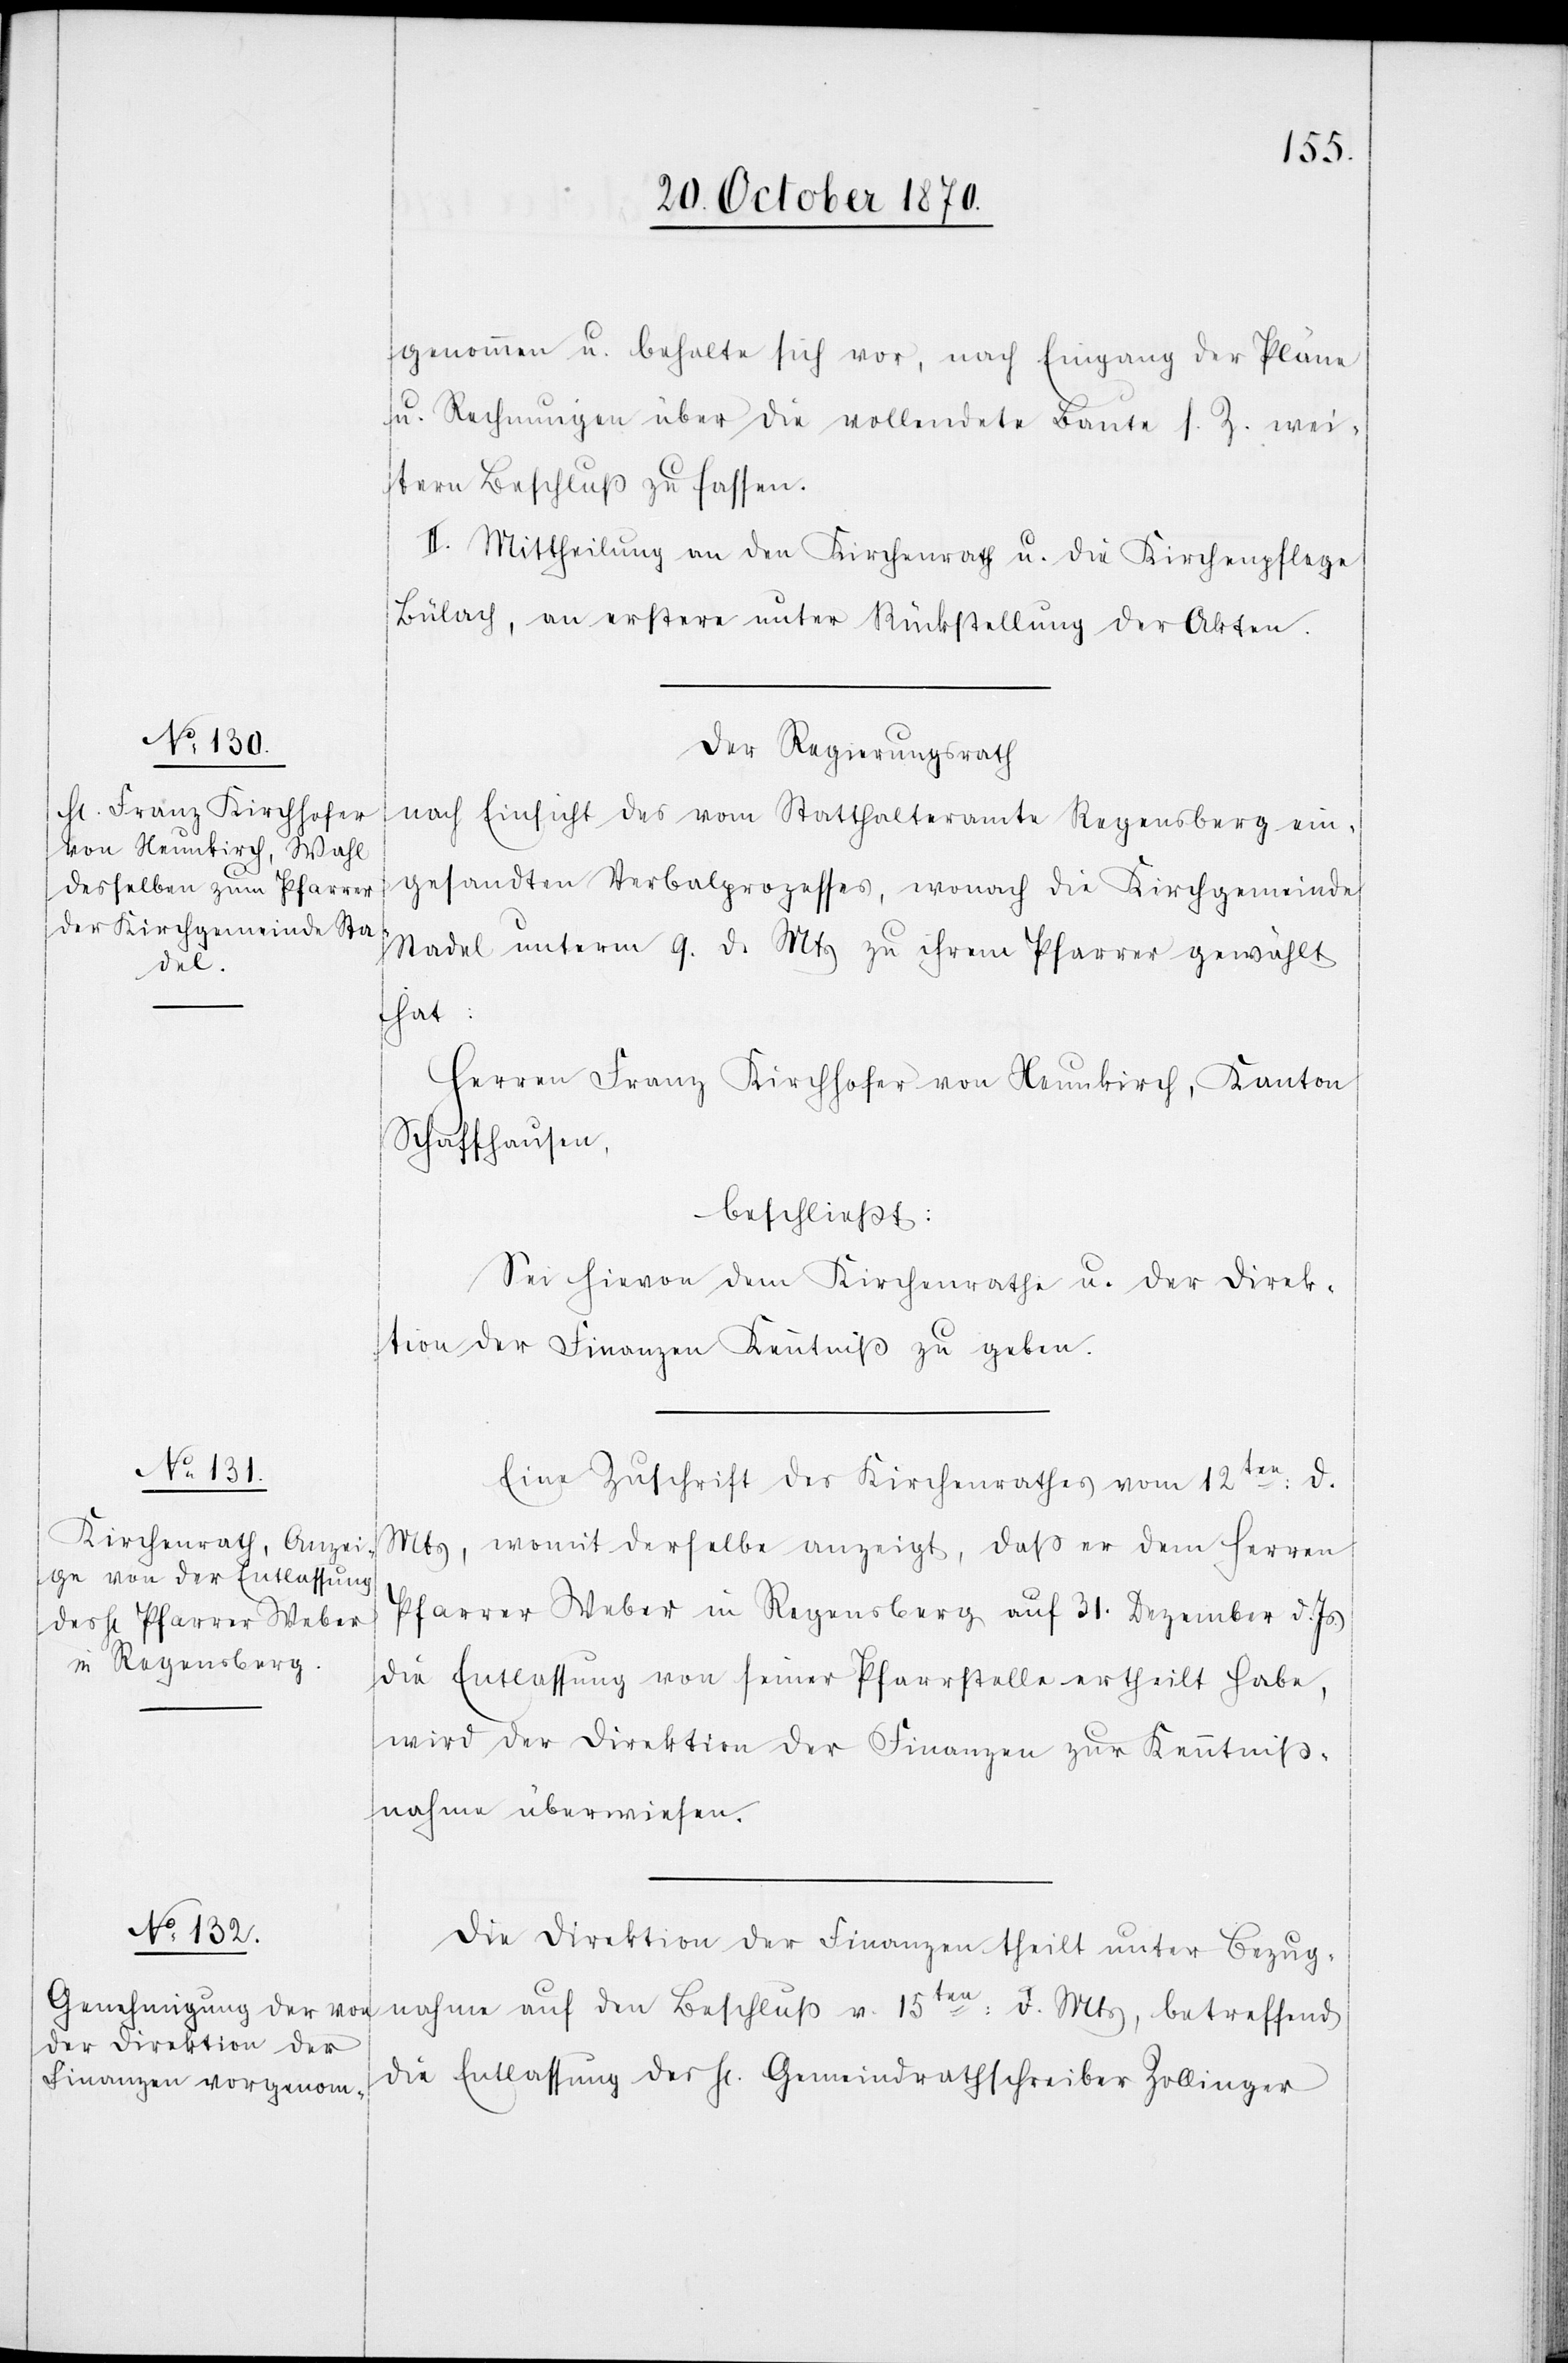
genommen u. behalte sich vor, nach Eingang der Pläne
u. Rechnungen über die vollendete Baute s. Z. wei¬
tern Beschluß zu fassen.
II. Mittheilung an den Kirchenrath u. die Kirchenpflege
Bülach, an erstere unter Rückstellung der Akten.
Der Regierungsrath
nach Einsicht des vom Statthalteramte Regensberg ein¬
gesandten Verbalprozesses, wonach die Kirchgemeinde
Stadel unterm 9. d. Mts. zu ihrem Pfarrer gewählt
hat:
Herren Franz Kirchhofer von Neunkirch, Kanton
Schaffhausen,
beschließt:
Sei hievon dem Kirchenrathe u. der Direk¬
tion der Finanzen Kenntniß zu geben.
Eine Zuschrift des Kirchenrathes vom 12ten: d.
Mts, womit derselbe anzeigt, daß er dem Herren
Pfarrer Weber in Regensberg auf 31. Dezember d. Js.
die Entlassung von seiner Pfarrstelle ertheilt habe,
wird der Direktion der Finanzen zur Kenntniß¬
nahme überwiesen.
Die Direktion der Finanzen theilt unter Bezug¬
nahme auf den Beschluß v. 15ten: d. Mts, betreffend
die Entlassung des H[errn] Gemeindrathschreiber Zollinger